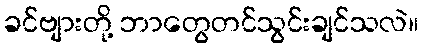
ခင်ဗျားတို့ ဘာတွေတင်သွင်းချင်သလဲ။